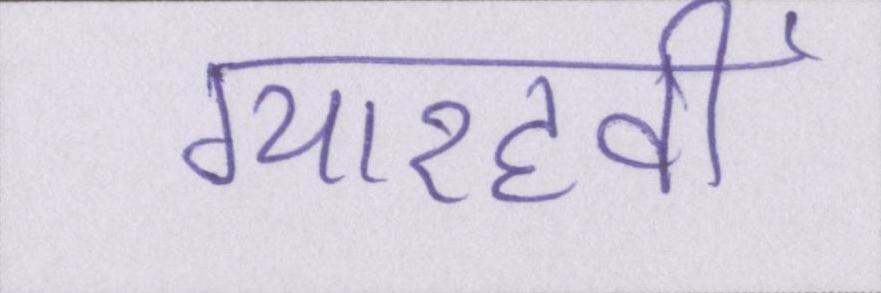
ग्यारहवीं